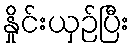
နှိုင်းယှဉ်ပြီး